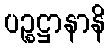
ပဉ္စဋ္ဌာနာနိ